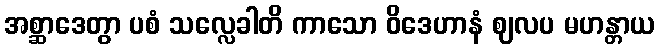
အစ္ဆာဒေတွာ ပစံ သလ္လေခါတိ ကာသော ဝိဒေဟာနံ ဈလပ မဟန္တာယ